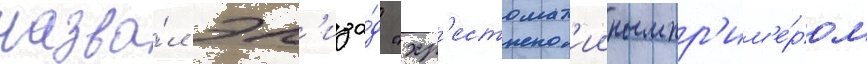
назва́л эп'изо́д "хр'естомат'ииным пр'им'е́ром